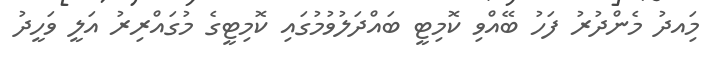
މިައދު މެންދުރު ފަހު ބޭއްްވި ކޮމިޓީ ބައްދަލުވުމުގައި ކޮމިޓީގެ މުގައްރިރު އަލީ ވަހީދު